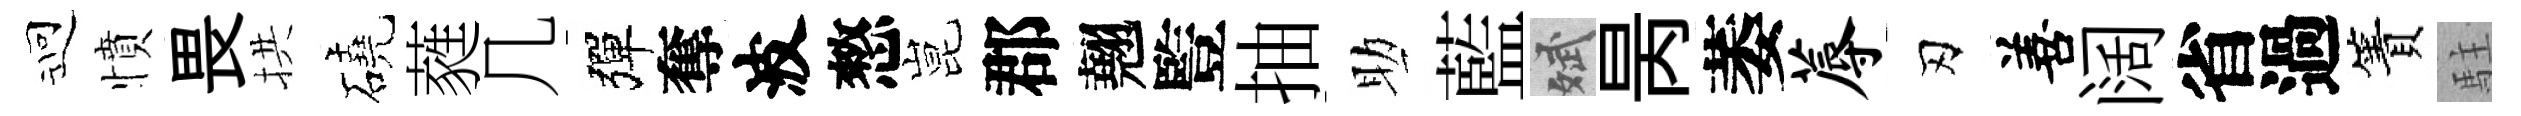
迎憤畏拱磽蕤几彈奪波憗昆郡翹䜿抽助藍斌昺萎蓐刃善阔省過簀駐